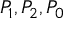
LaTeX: P _ { 1 } , P _ { 2 } , P _ { 0 }